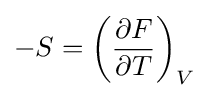
-S=\left({\frac {\partial F}{\partial T}}\right)_{V}